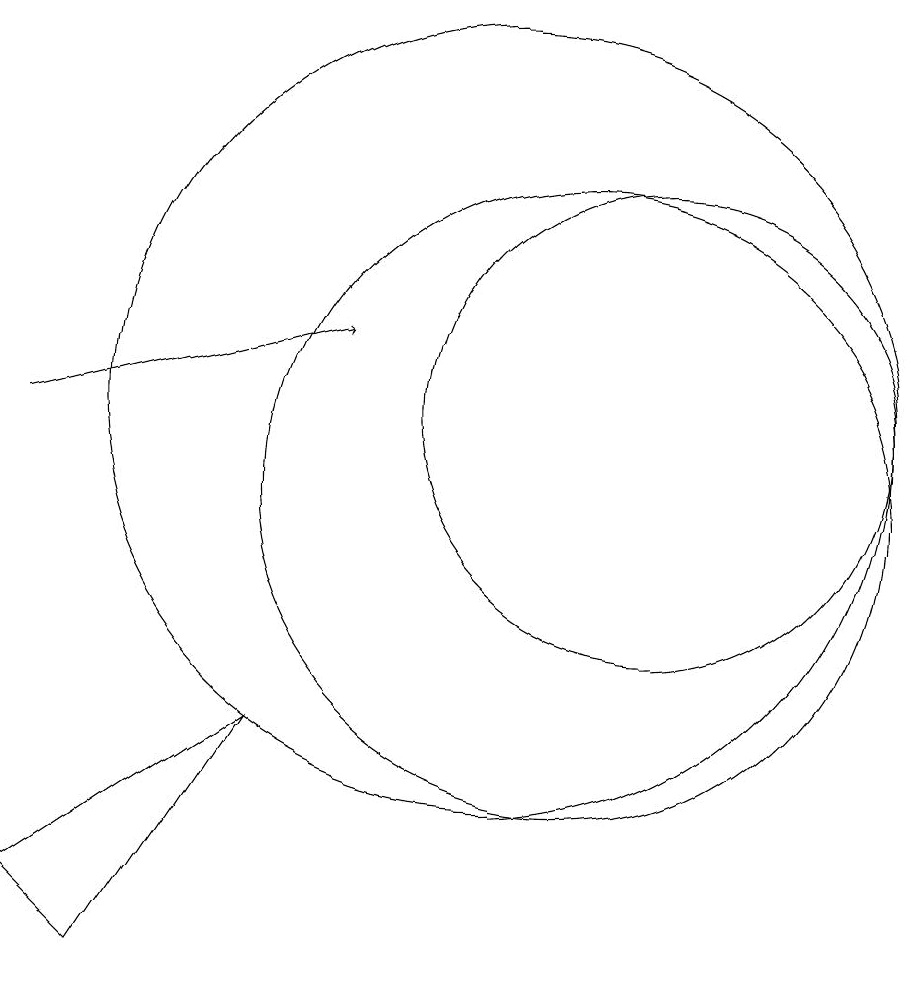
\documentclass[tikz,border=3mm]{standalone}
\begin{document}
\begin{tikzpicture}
\draw (7,8) -- (5,5) -- (4,6) -- cycle;
\draw (11,11) circle (4);
\draw (10,12) circle (5);
\draw[->] (4,12) -- (8,13);
\draw (12,12) circle (3);
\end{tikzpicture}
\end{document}